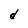
Character: d